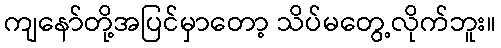
ကျနော်တို့အပြင်မှာတော့ သိပ်မတွေ့လိုက်ဘူး။